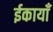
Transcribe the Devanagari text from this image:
ईकायाँ